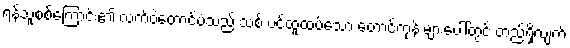
ရန်သူစစ်ကြောင်း၏ လက်ဝဲတောင်ပံသည် သစ် ပင်ထူထပ်သော တောင်ကုန်းများပေါ်တွင် တည်ရှိလျက်